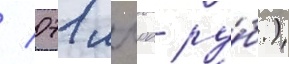
/ 071 млрд ру́б.)